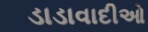
ડાડાવાદીઓ